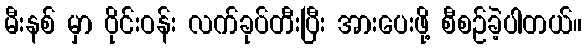
မီးနစ် မှာ ဝိုင်းဝန်း လက်ခုပ်တီးပြီး အားပေးဖို့ စီစဉ်ခဲ့ပါတယ်။